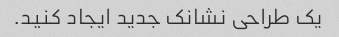
یک طراحی نشانک جدید ایجاد کنید.